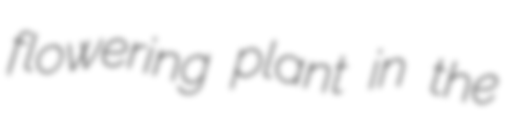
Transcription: flowering plant in the